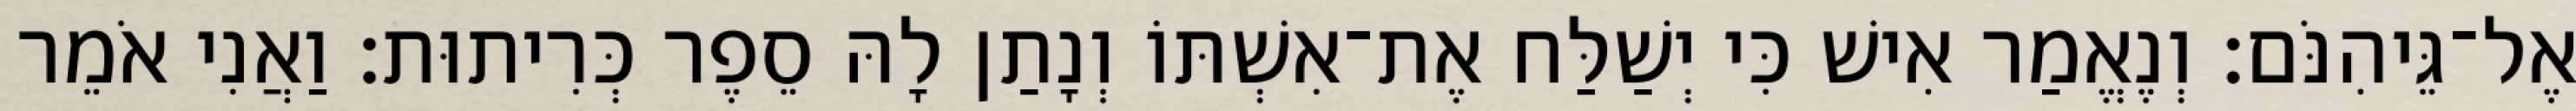
אֶל־גֵּיהִנֹּם׃ וְנֶאֱמַר אִישׁ כִּי יְשַׁלַּח אֶת־אִשְׁתּוֹ וְנָתַן לָהּ סֵפֶר כְּרִיתוּת׃ וַאֲנִי אֹמֵר